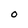
Character: 0